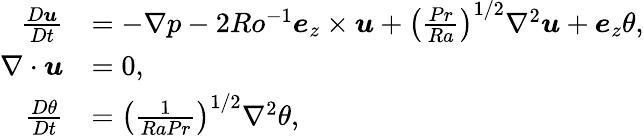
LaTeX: \begin{array}{rl}{\frac{D\boldsymbol{u}}{Dt}}&{=-\nabla p-2Ro^{-1}\boldsymbol{e}_{z}\times\boldsymbol{u}+\left(\frac{Pr}{Ra}\right)^{1/2}\nabla^{2}\boldsymbol{u}+\boldsymbol{e}_{z}\theta,}\\ {\nabla\cdot\boldsymbol{u}}&{=0,}\\ {\frac{D\theta}{Dt}}&{=\left(\frac{1}{RaPr}\right)^{1/2}\nabla^{2}\theta,}\end{array}